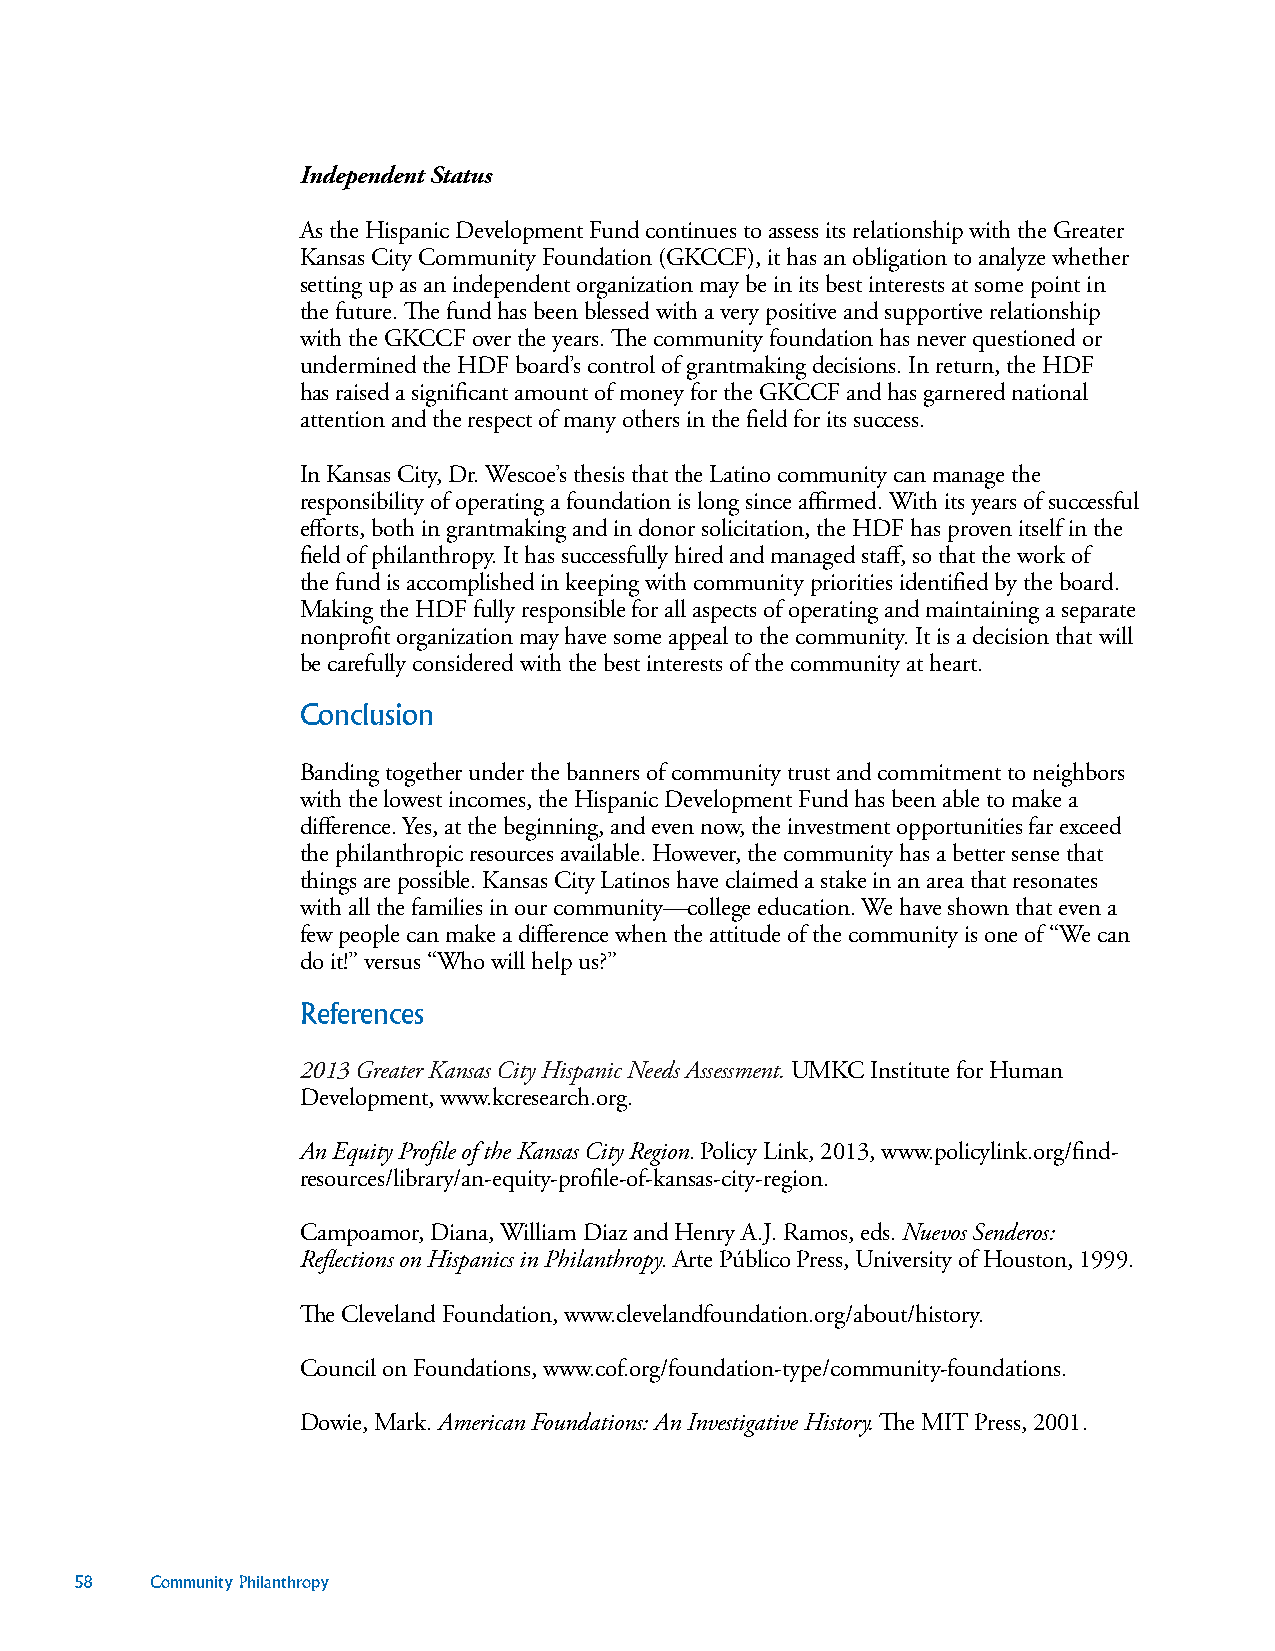
Independent Status
 As the Hispanic Development Fund continues to assess its relationship with the Greater
 Kansas City Community Foundation (GKCCF), it has an obligation to analyze whether
 setting up as an independent organization may be in its best interests at some point in
 the future. The fund has been blessed with a very positive and supportive relationship
 with the GKCCF over the years. The community foundation has never questioned or
 undermined the HDF board’s control of grantmaking decisions. In return, the HDF
 has raised a significant amount of money for the GKCCF and has garnered national
 attention and the respect of many others in the field for its success.
 In Kansas City, Dr. Wescoe’s thesis that the Latino community can manage the
 responsibility of operating a foundation is long since affirmed. With its years of successful
 efforts, both in grantmaking and in donor solicitation, the HDF has proven itself in the
 field of philanthropy. It has successfully hired and managed staff, so that the work of
 the fund is accomplished in keeping with community priorities identified by the board.
 Making the HDF fully responsible for all aspects of operating and maintaining a separate
 nonprofit organization may have some appeal to the community. It is a decision that will
 be carefully considered with the best interests of the community at heart.
 Conclusion
 Banding together under the banners of community trust and commitment to neighbors
 with the lowest incomes, the Hispanic Development Fund has been able to make a
 difference. Yes, at the beginning, and even now, the investment opportunities far exceed
 the philanthropic resources available. However, the community has a better sense that
 things are possible. Kansas City Latinos have claimed a stake in an area that resonates
 with all the families in our community—college education. We have shown that even a
 few people can make a difference when the attitude of the community is one of “We can
 do it!” versus “Who will help us?”
 References
 2013 Greater Kansas City Hispanic Needs Assessment. UMKC Institute for Human
 Development, www.kcresearch.org.
 An Equity Profile of the Kansas City Region. Policy Link, 2013, www.policylink.org/find-
 resources/library/an-equity-profile-of-kansas-city-region.
 Campoamor, Diana, William Diaz and Henry A.J. Ramos, eds. Nuevos Senderos:
 Reflections on Hispanics in Philanthropy. Arte Público Press, University of Houston, 1999.
 The Cleveland Foundation, www.clevelandfoundation.org/about/history.
 Council on Foundations, www.cof.org/foundation-type/community-foundations.
 Dowie, Mark. American Foundations: An Investigative History. The MIT Press, 2001.
 58   Community Philanthropy